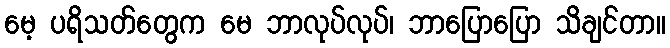
မေ့ ပရိသတ်တွေက မေ ဘာလုပ်လုပ်၊ ဘာပြောပြော သိချင်တာ။